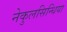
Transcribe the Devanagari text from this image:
नेकुलसिन्धिया